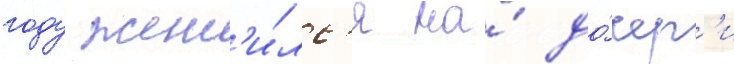
году жен'и́лс'я на́ до́чер'и